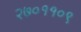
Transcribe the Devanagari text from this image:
२७०११०९